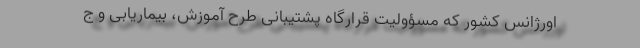
اورژانس کشور که مسؤولیت قرارگاه پشتیبانی طرح آموزش، بیماریابی و ج